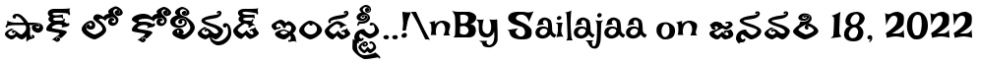
షాక్ లో కోలీవుడ్ ఇండస్ట్రీ..!\nBy Sailajaa on జనవరి 18, 2022